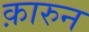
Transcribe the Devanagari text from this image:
क़ारुन